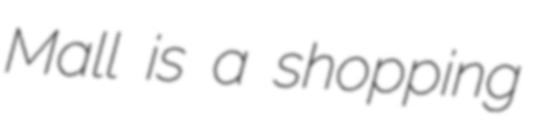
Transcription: Mall is a shopping